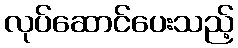
လုပ်ဆောင်ပေးသည့်